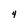
Character: 4